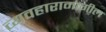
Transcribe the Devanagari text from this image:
व्यवहारामागील